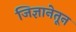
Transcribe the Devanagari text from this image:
जिज्ञानेतून